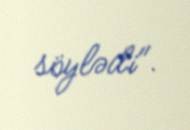
söylədi".